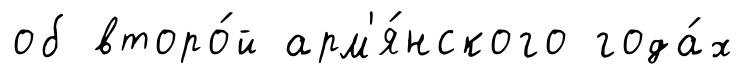
об второ́й арм'я́нского года́х